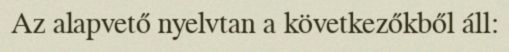
Az alapvető nyelvtan a következőkből áll: